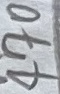
Text: 470